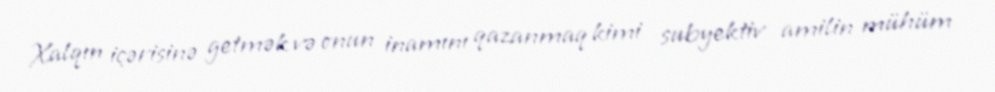
Xalqın içərisinə getmək və onun inamını qazanmaq kimi subyektiv amilin mühüm